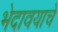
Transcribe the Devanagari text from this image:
भेदावयाचे